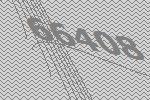
66408